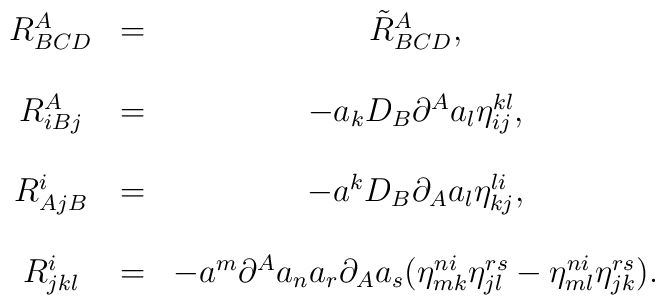
\begin{array}{ccc}R_{BCD}^A & = & \tilde{R}_{BCD}^A, \\ &  &  \\ R_{iBj}^A & = & -a_kD_B\partial ^Aa_l\eta _{ij}^{kl}, \\ &  &  \\ R_{AjB}^i & = & -a^kD_B\partial _Aa_l\eta _{kj}^{li}, \\ &  &  \\ R_{jkl}^i & = & -a^m\partial ^Aa_na_r\partial _Aa_s(\eta _{mk}^{ni}\eta_{jl}^{rs}-\eta _{ml}^{ni}\eta _{jk}^{rs}).\end{array}